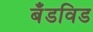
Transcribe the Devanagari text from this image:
बँडविड